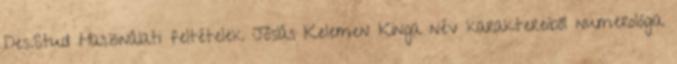
Des.Stud Használati feltételek Jóslás Kelemen Kinga név karaktereiből numerológia